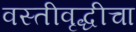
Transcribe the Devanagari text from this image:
वस्तीवृद्धीचा